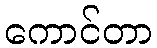
ကောင်တာ